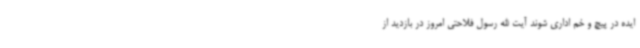
ایده در پیچ و خم اداری شوند آیت الله رسول فلاحتی امروز در بازدید از